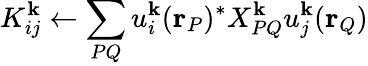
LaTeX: K_{ij}^{\mathbf{k}}\leftarrow\sum_{PQ}u_{i}^{\mathbf{k}}(\mathbf{r}_{P})^{*}X_{PQ}^{\mathbf{k}}u_{j}^{\mathbf{k}}(\mathbf{r}_{Q})